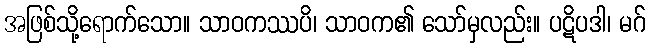
အဖြစ်သို့ရောက်သော။ သာဝကဿပိ၊ သာဝက၏ သော်မှလည်း။ ပဋိပဒါ၊ မဂ်